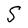
Character: S